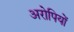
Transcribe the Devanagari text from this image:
अरोपियों